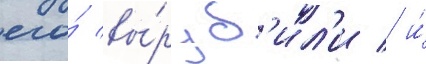
его́ вы́руб'ил'и / и́